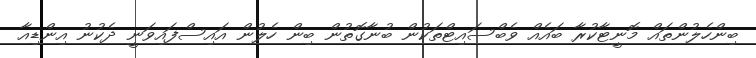
ބިންހެލުންތައް މޮނީޓާކުރާ ބައެއް ވެބްސައިޓްތަކުން ބުނާގޮތުން ބިން ހެލުން އައިސްފައިވަނީ ދެކުނު އިންޑިއާ